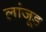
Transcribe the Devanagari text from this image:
लांजूड